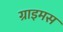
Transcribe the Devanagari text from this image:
ग्राइमस